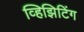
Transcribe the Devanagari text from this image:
व्हिझिटिंग